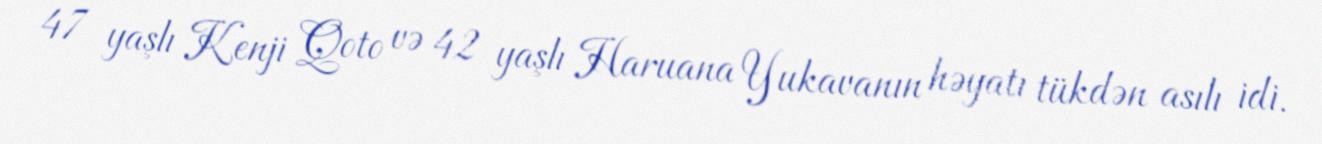
47 yaşlı Kenji Qoto və 42 yaşlı Haruana Yukavanın həyatı tükdən asılı idi.